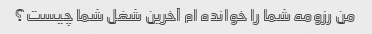
من رزومه شما را خوانده ام آخرین شغل شما چیست؟